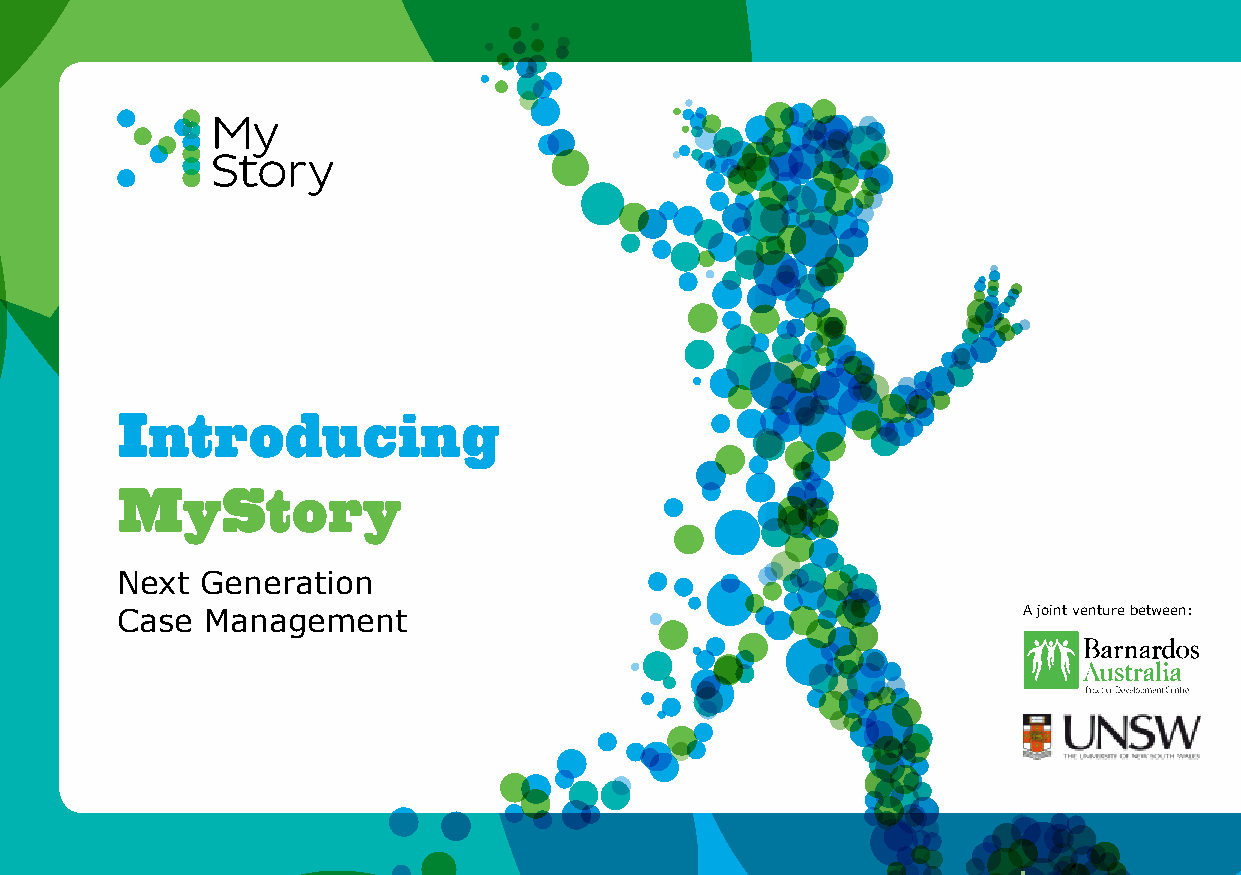
Introducing
 MyStory
 Next Generation
 Case Management                                             A joint venture between: